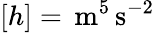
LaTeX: [h]=\, \mathrm{m}^{5}\, \mathrm{s}^{-2}